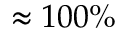
\approx 1 0 0 \%